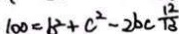
1 0 0 = b ^ { 2 } + c ^ { 2 } - 2 b c \frac { 1 2 } { 1 3 }